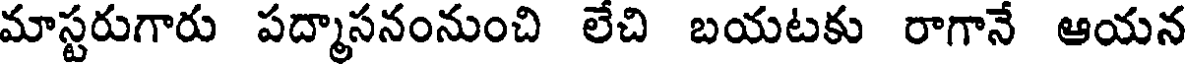
మాస్టరుగారు పద్మాసనంనుంచి లేచి బయటకు రాగానే ఆయన